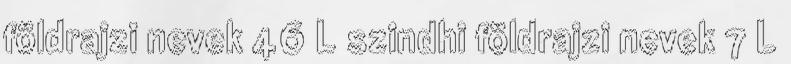
földrajzi nevek‎ 46 L szindhi földrajzi nevek‎ 7 L